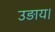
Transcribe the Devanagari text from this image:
उड़ाय।